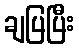
ချပြပြီး